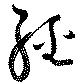
經